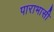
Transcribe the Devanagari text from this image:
पाराभासी